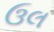
ઉલ